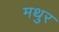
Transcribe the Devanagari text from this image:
मथुर